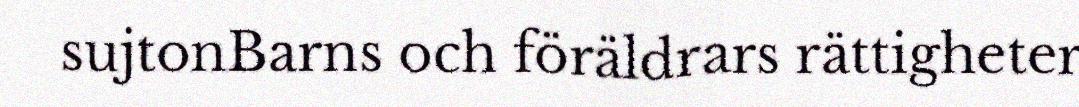
sujtonBarns och föräldrars rättigheter